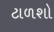
ટાળશો